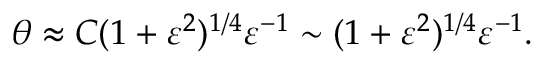
\theta \approx C ( 1 + \varepsilon ^ { 2 } ) ^ { 1 / 4 } \varepsilon ^ { - 1 } \sim ( 1 + \varepsilon ^ { 2 } ) ^ { 1 / 4 } \varepsilon ^ { - 1 } .